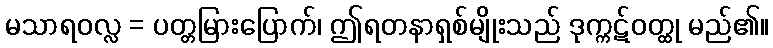
မသာရဝလ္လ = ပတ္တမြားပြောက်၊ ဤရတနာရှစ်မျိုးသည် ဒုက္ကဋ်ဝတ္ထု မည်၏။